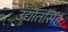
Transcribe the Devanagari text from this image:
उद्योतसिंह